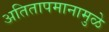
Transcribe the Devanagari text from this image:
अतितापमानामुळे